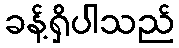
ခန့်ရှိပါသည်